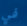
في